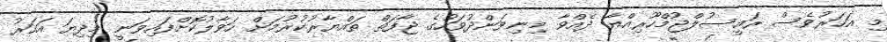
މި އަހަރުވެސް ރައީސުލްޖުމްހޫރިއްޔާ ދެއްވާ މިނިވަންދުވަހުގެ ޖާފަތް ތައްޔާރުކުރުމަށް ހަވާލުކޮށްފައިވަނީ މިދިޔަ އަހަރު